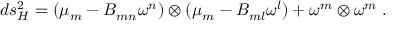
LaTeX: d s _ { \cal H } ^ { 2 } = ( \mu _ { m } - B _ { m n } \omega ^ { n } ) \otimes ( \mu _ { m } - B _ { m l } \omega ^ { l } ) + \omega ^ { m } \otimes \omega ^ { m } \; .